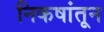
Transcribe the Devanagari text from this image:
निकषांतून